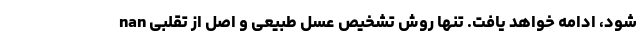
شود، ادامه خواهد یافت. تنها روش تشخیص عسل طبیعی و اصل از تقلبی nan